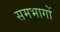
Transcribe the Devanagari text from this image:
समभागों